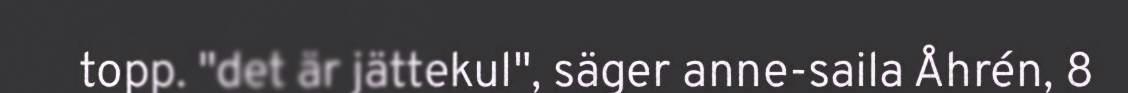
topp. "det är jättekul", säger anne-saila Åhrén, 8